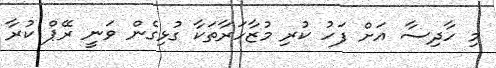
މި ހާދިސާ އަށް ފަހު ކުރި މުޒާހަރާތަކާ ގުޅިގެން ވަނީ ރޭޕް ކުރާ